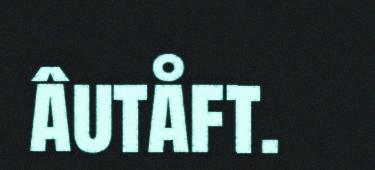
âutåft.